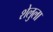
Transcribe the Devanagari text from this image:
शेलुला